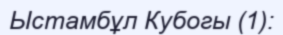
Ыстамбұл Кубогы (1):